画像に写った文字を読んでください
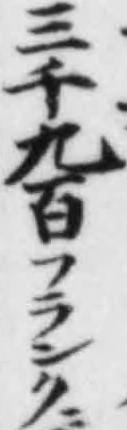
「三十九百フランク」と書いてあります